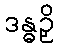
ဒန္ဓဉှိ